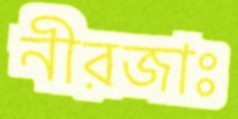
নীরজাঃ